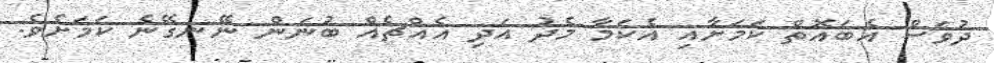
ދުވަސް އެބައޮތް ކަަމަށާއި އެކަމާ މެދު އަދި އެއްޗެއް ބުނަން ނޭނގޭނެ ކަމަށެވެ.